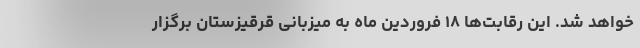
خواهد شد. این رقابت‌ها ۱۸ فروردین ماه به میزبانی قرقیزستان برگزار